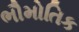
ભૌમોતિક